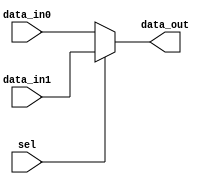
`timescale 1ns / 1ps
module MBIST_Mux21 #(parameter DATA_WIDTH = 4)(output [DATA_WIDTH-1:0] data_out, input [DATA_WIDTH-1:0]data_in0, data_in1, 
input sel);

 assign data_out = sel ? data_in1 : data_in0;
 
endmodule